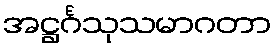
အဋ္ဌင်္ဂသုသမာဂတာ